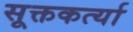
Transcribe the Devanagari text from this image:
सूक्तकर्त्या